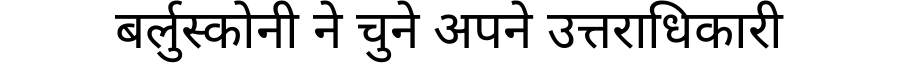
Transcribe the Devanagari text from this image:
बर्लुस्कोनी ने चुने अपने उत्तराधिकारी